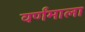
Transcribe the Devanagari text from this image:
वर्णंमाला